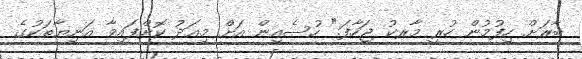
ބާރަށް ހިފުމުން ހުރީ މާރކު ޖަހާފަ." ހުސެއިން އަށް މިއަދު ކޮށްފައިވާ އަނިޔާތަކުގެ